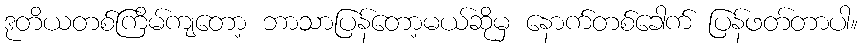
ဒုတိယတစ်ကြိမ်ကျတော့ ဘာသာပြန်တော့မယ်ဆိုမှ နောက်တစ်ခေါက် ပြန်ဖတ်တာပါ။